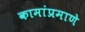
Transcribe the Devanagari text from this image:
कामांप्रमाणे